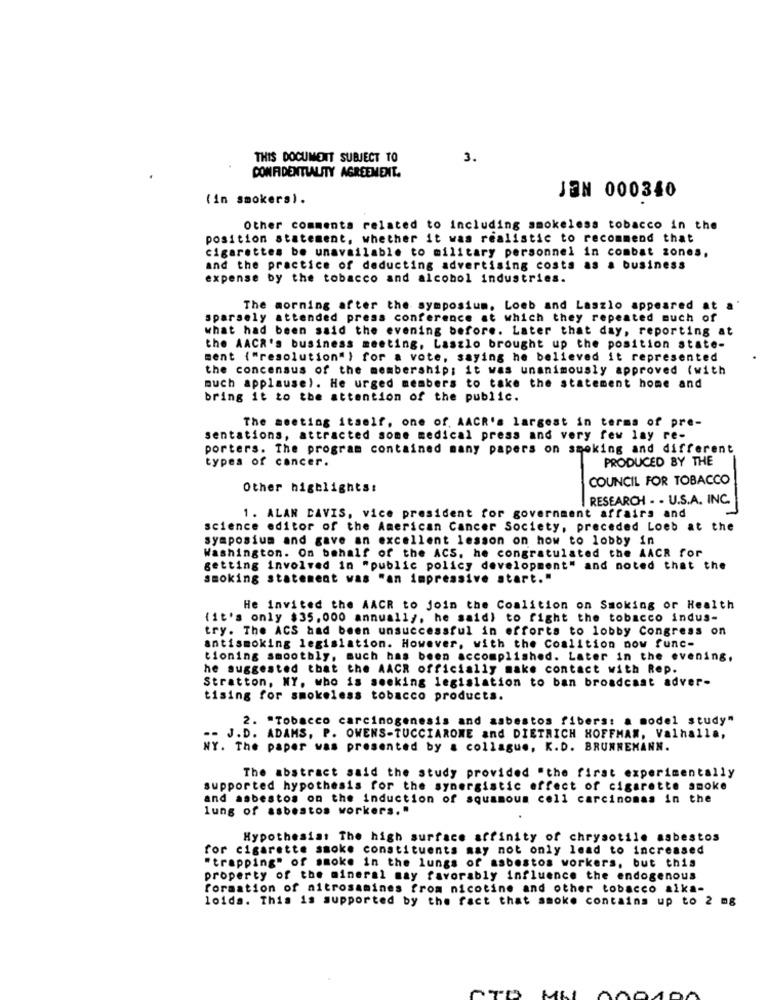
THIS DOCUMENT SUBJECT TO
3.
CONFIDENTIALITY AGREEMENT.
(in smokers).
JON 000340
Other comments related to including smokeless tobacco in the
position statement, whether it was realistic to recommend that
cigarettes be unavailable to military personnel in combat zones.
and the practice of deducting advertising costs as a business
expense by the tobacco and alcohol industries.
The morning after the symposium, Loeb and Laszlo appeared at
sparsely attended press conference at which they repeated much of
what had been said the evening before. Later that day, reporting at
the AACR's business meeting. Laszlo brought up the position state-
sent {"resolution" ) for a vote, saying he believed it represented
the concensus of the membership: it was unanimously approved (with
much applause). He urged members to take the statement home and
bring it to the attention of the public.
The meeting itself, one of, AACR's largest in terms of pre-
sentations, attracted some medical press and very few lay re-
porters. The program contained many papers on smoking and different
types of cancer.
PRODUCED BY THE
COUNCIL FOR TOBACCO
Other highlights:
RESEARCH . . U.S.A. INC.
1. ALAN DAVIS, vice president for government affairs and
science editor of the American Cancer Society, preceded Loeb at the
symposium and gave an excellent lesson on how to lobby in
Washington. On behalf of the ACS. he congratulated the AACR for
getting involved in "public policy development" and noted that the
smoking statement was "an impressive start."
He Invited the AACR to join the Coalition on Smoking or Health
(it's only $35, 000 annually, he said) to fight the tobacco indus-
try. The ACS had been unsuccessful in efforts to lobby Congress on
antismoking legislation. However, with the Coalition now func-
tioning smoothly, much has been accomplished. Later in the evening.
he suggested that the AACR officially make contact with Rep.
Stratton, NY, who is seeking legislation to ban broadcast adver-
tising for smokeless tobacco products.
2. "Tobacco carcinogenesis and asbestos fibers: a model study"
J.D. ADAMS, P. OWENS-TUCCIAROME and DIETRICH HOFFMAN, Valhalla,
NY. The paper was presented by a collague, K.D. BRUNNEMANN.
The abstract said the study provided "the first experimentally
supported hypothesis for the synergistic effect of cigarette smoke
and asbestos on the induction of squamous cell carcinomas in the
lung of asbestos workers. "
Hypothesiat The high surface affinity of chrysotile asbestos
for cigarette smoke constituents may not only lead to increased
"trapping" of smoke in the lungs of asbestos workers, but this
property of the mineral may favorably influence the endogenous
formation of aitrosamines from nicotine and other tobacco alka-
loida. This is supported by the fact that smoke contains up to 2 mg